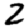
Digit: 2